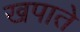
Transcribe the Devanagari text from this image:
खपाते